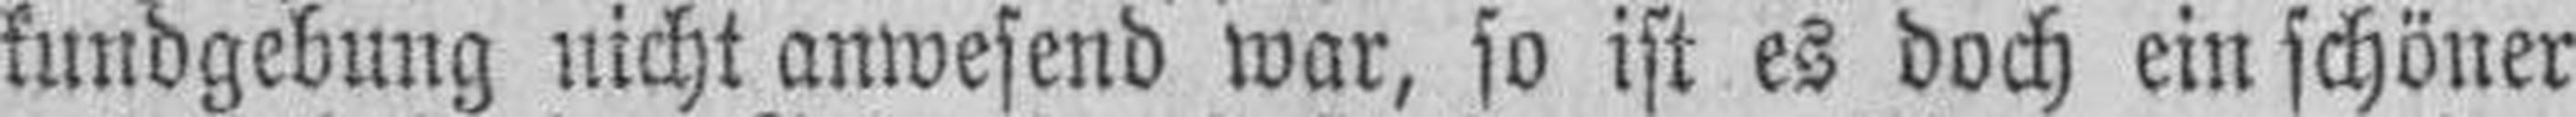
kundgebung nicht anwesend war, so ist es doch ein schöner